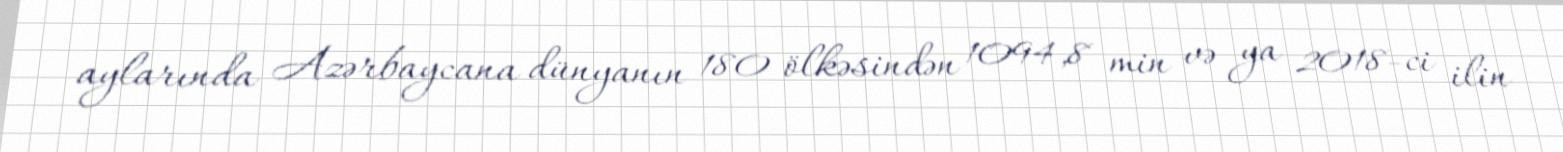
aylarında Azərbaycana dünyanın 180 ölkəsindən 1094,8 min və ya 2018-ci ilin